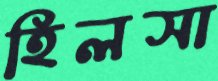
হিলসা